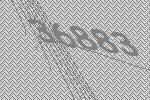
36883